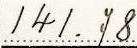
141.78